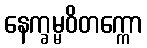
နေက္ခမ္မဝိတက္ကော